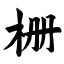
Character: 栅